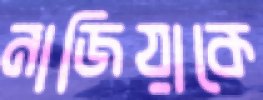
নাজিয়াকে